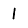
Digit: 1